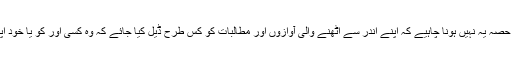
مگر کیا اس تربیت کا ایک اہم حصہ یہ نہیں ہونا چاہیے کہ اپنے اندر سے اٹھنے والی آوازوں اور مطالبات کو کس طرح ڈیل کیا جائے کہ وہ کسی اور کو یا خود اپنے آپ کو نقصان نہ پہنچائیں؟